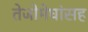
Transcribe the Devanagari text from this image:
तेजोमेघांसह